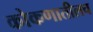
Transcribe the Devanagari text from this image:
कोकणातीलच